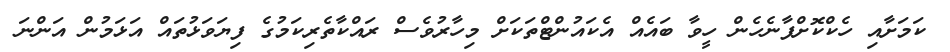
ކަމަށާއި ހެކްކޮށްފާނެހެން ހީވާ ބައެއް އެކައުންޓްތަކަށް މިހާރުވެސް ރައްކާތެރިކަމުގެ ފިޔަވަޅުތައް އަޅަމުން އަންނަ